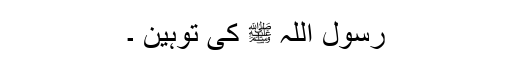
رسول اللہ ﷺ کی توہین ۔